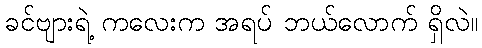
ခင်ဗျားရဲ့ ကလေးက အရပ် ဘယ်လောက် ရှိလဲ။